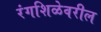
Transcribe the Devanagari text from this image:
रंगशिळेवरील